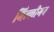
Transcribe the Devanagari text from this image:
मिल्लीगन